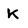
Character: K